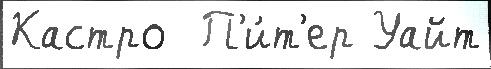
Кастро  П'и́т'ер Уайт